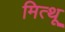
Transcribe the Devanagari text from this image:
मित्थू